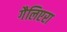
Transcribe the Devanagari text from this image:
गैलिएरा